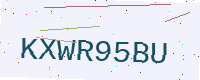
Text: KXWR95BU